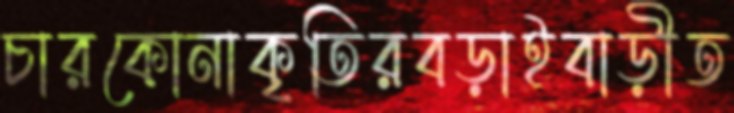
চারকোনাকৃতিরবড়াইবাড়ীত